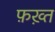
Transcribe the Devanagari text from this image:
फ़ख़्त